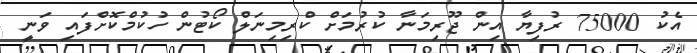
އެކު 75000 ރުފިޔާ އިން ޖޫރިމަނާ ކުރުމަށް ކްރިމިނަލް ކޯޓުން ހުކުމްކޮށްފައި ވަނީ